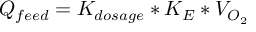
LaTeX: Q _ { f e e d } = K _ { d o s a g e } * K _ { E } * V _ { O _ { 2 } }